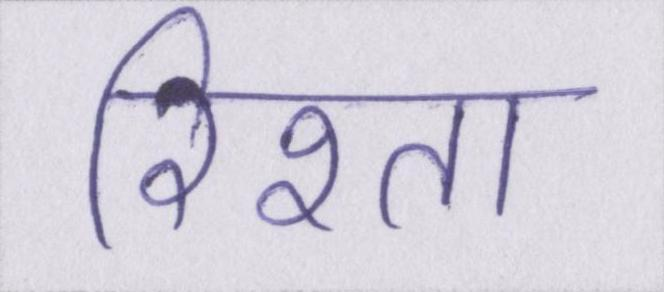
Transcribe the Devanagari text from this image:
रिश्ता